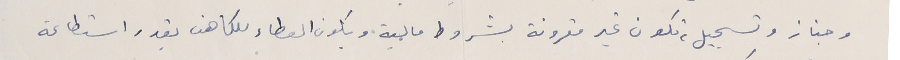
وجناز وتسجيل، تكون غير مقرونة بشروط مالية ويكون العطاء للكاهن بقدر استطاعة